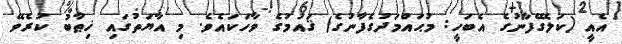
އެއީ (ކަލޭގެފާނުގެ އެބަހީ: މުޙައްމަދުގެފާނުގެ) ޤައުމުގެ ވާހަކައެވެ. މި އާޔަތުގައި ޚިޠާބު ކުރެވޭ